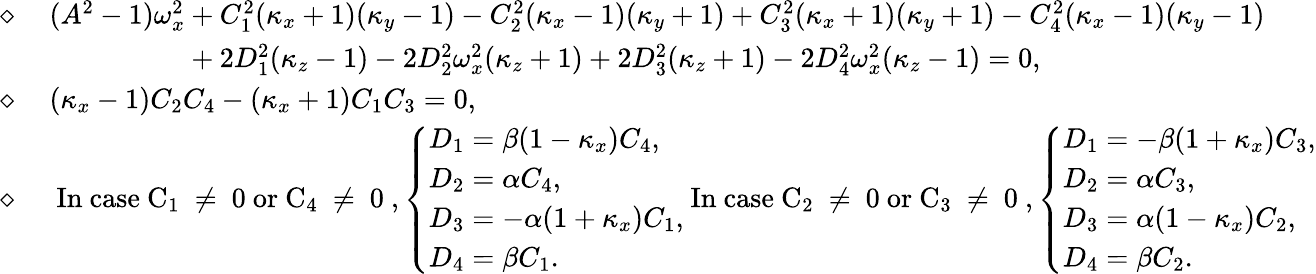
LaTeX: \begin{array}{rl}{\diamond\mathrm{~}}&{(A^{2}-1)\omega_{x}^{2}+C_{1}^{2}(\kappa_{x}+1)(\kappa_{y}-1)-C_{2}^{2}(\kappa_{x}-1)(\kappa_{y}+1)+C_{3}^{2}(\kappa_{x}+1)(\kappa_{y}+1)-C_{4}^{2}(\kappa_{x}-1)(\kappa_{y}-1)}\\ &{\phantom{(A^{2}-1)\omega_{x}^{2}}+2D_{1}^{2}(\kappa_{z}-1)-2D_{2}^{2}\omega_{x}^{2}(\kappa_{z}+1)+2D_{3}^{2}(\kappa_{z}+1)-2D_{4}^{2}\omega_{x}^{2}(\kappa_{z}-1)=0,}\\ {\diamond\mathrm{~}}&{(\kappa_{x}-1)C_{2}C_{4}-(\kappa_{x}+1)C_{1}C_{3}=0,}\\ {\diamond\mathrm{~}}&{\mathrm{~In~case~C_1~\neq~0~or~C_4~\neq~0~},\left\{ \begin{array}{ll}{D_{1}=\beta(1-\kappa_{x})C_{4},}\\ {D_{2}=\alpha C_{4},}\\ {D_{3}=-\alpha(1+\kappa_{x})C_{1},}\\ {D_{4}=\beta C_{1}.}\end{array}\right.\mathrm{~In~case~C_2~\neq~0~or~C_3~\neq~0~},\left\{ \begin{array}{ll}{D_{1}=-\beta(1+\kappa_{x})C_{3},}\\ {D_{2}=\alpha C_{3},}\\ {D_{3}=\alpha(1-\kappa_{x})C_{2},}\\ {D_{4}=\beta C_{2}.}\end{array}\right.}\end{array}